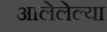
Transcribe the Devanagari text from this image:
आलेलेल्या